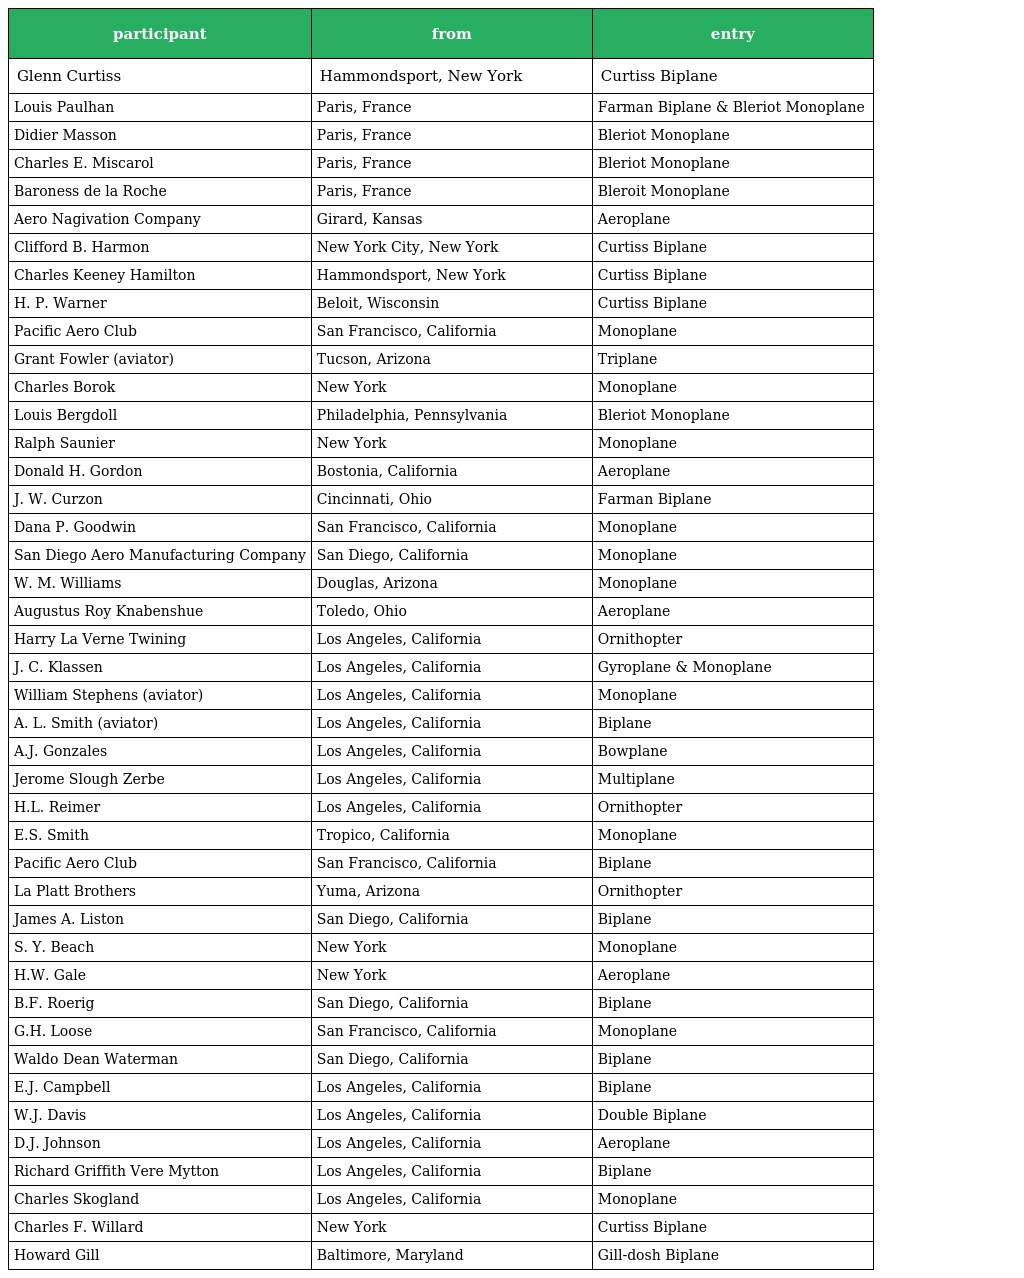
| participant | from | entry |
 | --- | --- | --- |
 | Glenn Curtiss | Hammondsport, New York | Curtiss Biplane |
 | Louis Paulhan | Paris, France | Farman Biplane & Bleriot Monoplane |
 | Didier Masson | Paris, France | Bleriot Monoplane |
 | Charles E. Miscarol | Paris, France | Bleriot Monoplane |
 | Baroness de la Roche | Paris, France | Bleroit Monoplane |
 | Aero Nagivation Company | Girard, Kansas | Aeroplane |
 | Clifford B. Harmon | New York City, New York | Curtiss Biplane |
 | Charles Keeney Hamilton | Hammondsport, New York | Curtiss Biplane |
 | H. P. Warner | Beloit, Wisconsin | Curtiss Biplane |
 | Pacific Aero Club | San Francisco, California | Monoplane |
 | Grant Fowler (aviator) | Tucson, Arizona | Triplane |
 | Charles Borok | New York | Monoplane |
 | Louis Bergdoll | Philadelphia, Pennsylvania | Bleriot Monoplane |
 | Ralph Saunier | New York | Monoplane |
 | Donald H. Gordon | Bostonia, California | Aeroplane |
 | J. W. Curzon | Cincinnati, Ohio | Farman Biplane |
 | Dana P. Goodwin | San Francisco, California | Monoplane |
 | San Diego Aero Manufacturing Company | San Diego, California | Monoplane |
 | W. M. Williams | Douglas, Arizona | Monoplane |
 | Augustus Roy Knabenshue | Toledo, Ohio | Aeroplane |
 | Harry La Verne Twining | Los Angeles, California | Ornithopter |
 | J. C. Klassen | Los Angeles, California | Gyroplane & Monoplane |
 | William Stephens (aviator) | Los Angeles, California | Monoplane |
 | A. L. Smith (aviator) | Los Angeles, California | Biplane |
 | A.J. Gonzales | Los Angeles, California | Bowplane |
 | Jerome Slough Zerbe | Los Angeles, California | Multiplane |
 | H.L. Reimer | Los Angeles, California | Ornithopter |
 | E.S. Smith | Tropico, California | Monoplane |
 | Pacific Aero Club | San Francisco, California | Biplane |
 | La Platt Brothers | Yuma, Arizona | Ornithopter |
 | James A. Liston | San Diego, California | Biplane |
 | S. Y. Beach | New York | Monoplane |
 | H.W. Gale | New York | Aeroplane |
 | B.F. Roerig | San Diego, California | Biplane |
 | G.H. Loose | San Francisco, California | Monoplane |
 | Waldo Dean Waterman | San Diego, California | Biplane |
 | E.J. Campbell | Los Angeles, California | Biplane |
 | W.J. Davis | Los Angeles, California | Double Biplane |
 | D.J. Johnson | Los Angeles, California | Aeroplane |
 | Richard Griffith Vere Mytton | Los Angeles, California | Biplane |
 | Charles Skogland | Los Angeles, California | Monoplane |
 | Charles F. Willard | New York | Curtiss Biplane |
 | Howard Gill | Baltimore, Maryland | Gill-dosh Biplane |